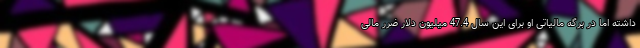
داشته اما در برگه مالیاتی او برای این سال 47.4 میلیون دلار ضرر مالی